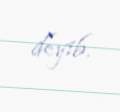
deyib.